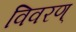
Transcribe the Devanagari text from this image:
विवरण्